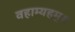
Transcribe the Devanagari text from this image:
वहाम्यहम्॥